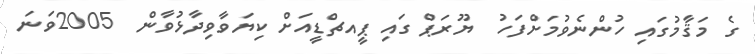
ގެ މަޤާމުގައި ހުންނެވުމަށްފަހު  ޔޫރަޕް ގައި ޕީއޗްޑީއަށް ކިޔަވާވިދާޅުވާން  2005ވަނަ